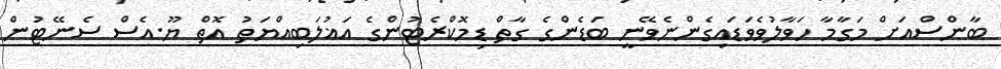
ބާންސްއަށް މަގާމާ ހަވާލުވެވަޑައިގެންނެވޭނީ ބަޑެންގެ ގާތް ޑިމޮކްރެޓުންގެ އަޣުލަބިއްޔަތު އޮތް ޔޫ.އެސް ސެނޭޓުން